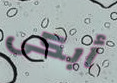
أبكى